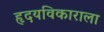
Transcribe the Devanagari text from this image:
हृदयविकाराला